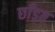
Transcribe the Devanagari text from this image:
छाँड़त